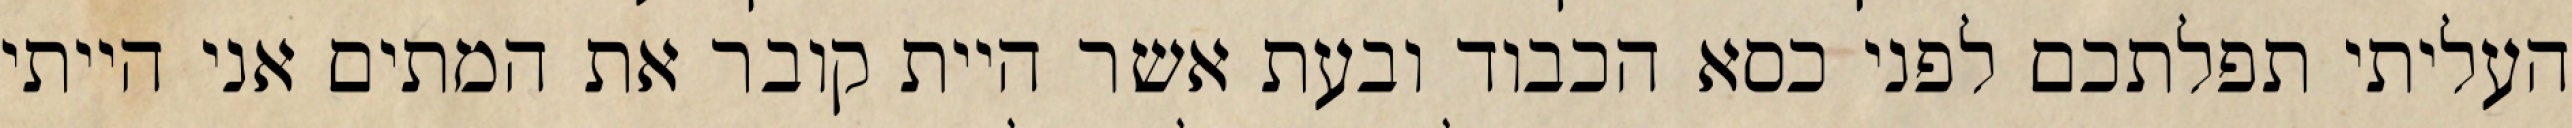
העליתי תפלתכם לפני כסא הכבוד ובעת אשר היית קובר את המתים אני הייתי